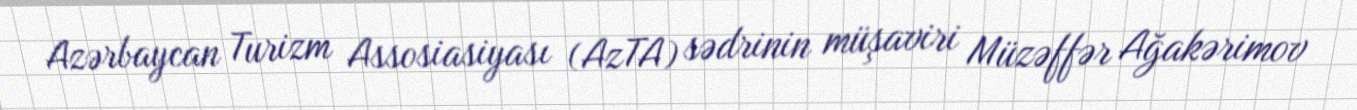
Azərbaycan Turizm Assosiasiyası (AzTA) sədrinin müşaviri Müzəffər Ağakərimov